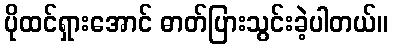
ပိုထင်ရှားအောင် ဓာတ်ပြားသွင်းခဲ့ပါတယ်။